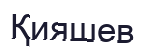
Қияшев